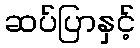
ဆပ်ပြာနှင့်